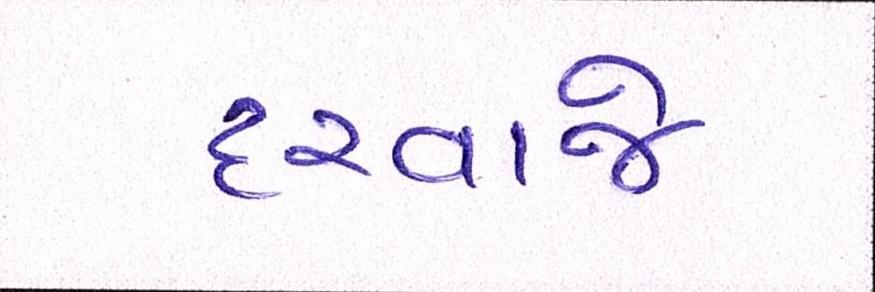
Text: દરવાજે